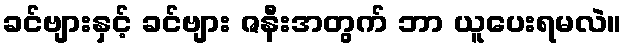
ခင်ဗျားနှင့် ခင်ဗျား ဇနီးအတွက် ဘာ ယူပေးရမလဲ။